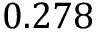
0 . 2 7 8